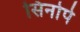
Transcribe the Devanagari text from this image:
सिनोपे